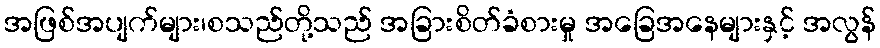
အဖြစ်အပျက်များ၊စသည်တို့သည် အခြားစိတ်ခံစားမှု အခြေအနေများနှင့် အလွန်